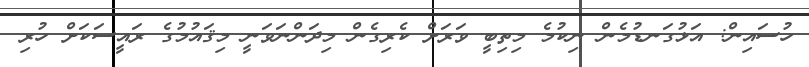
ހުސައިން: އަޅުގަނޑުމެން ނިކުމެ މިތިބީ ވަރަށް ކެރިގެން މިދަންނަވަނީ މިޤައުމުގެ ރައީސަކަށް ހުރި